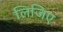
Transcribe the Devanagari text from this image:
लिजिए